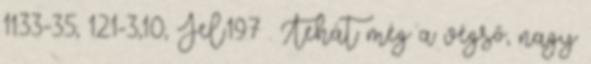
11:33-35; 12:1-3,10; Jel.19:7 . Tehát még a végső, nagy